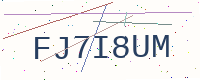
Text: FJ7I8UM